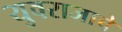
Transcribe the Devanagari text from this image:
युवराजाचे